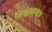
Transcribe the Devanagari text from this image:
विश्वासमात्र